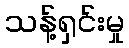
သန့်ရှင်းမှု